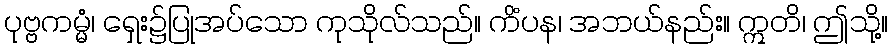
ပုဗ္ဗကမ္မံ၊ ရှေး၌ပြုအပ်သော ကုသိုလ်သည်။ ကိံပန၊ အဘယ်နည်း။ ဣတိ၊ ဤသို့။